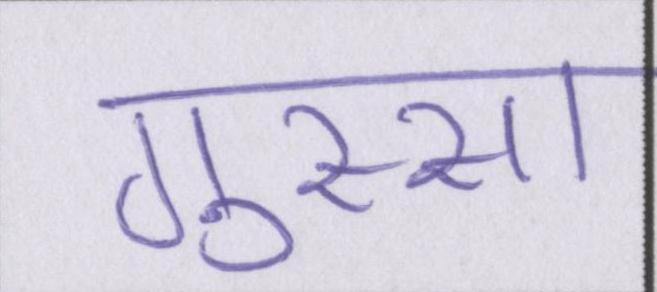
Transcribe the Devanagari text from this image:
गुस्सा